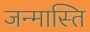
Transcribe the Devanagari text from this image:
जन्मास्ति